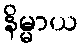
နိမ္မာယ